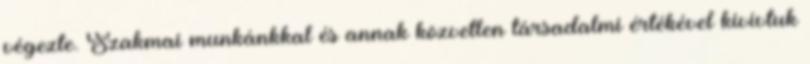
végezte. Szakmai munkánkkal és annak közvetlen társadalmi értékével kivívtuk